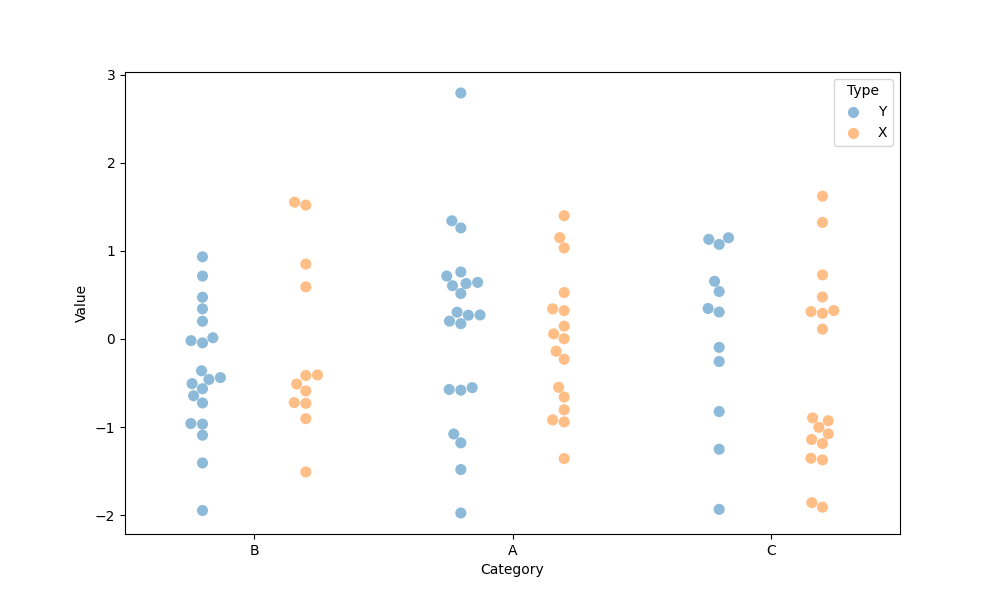
python, seaborn, swarmplot, dodge=True, alpha=0.5, size=8